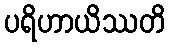
ပရိဟာယိဿတိ